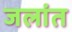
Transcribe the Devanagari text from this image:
जलांत